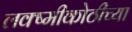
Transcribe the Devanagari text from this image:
लक्ष्मीकोठीच्या